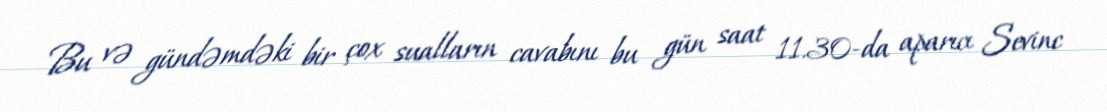
Bu və gündəmdəki bir çox sualların cavabını bu gün saat 11.30-da aparıcı Sevinc